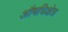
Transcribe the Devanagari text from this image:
औषधिक्षेत्र